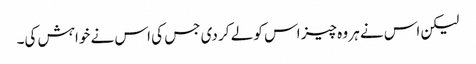
لیکن اس نے ہر وہ چیز اس کو لے کر دی جس کی اس نے خواہش کی۔